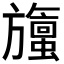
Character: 𬀞